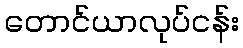
တောင်ယာလုပ်ငန်း